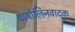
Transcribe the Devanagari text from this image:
वायोलिनवादक